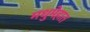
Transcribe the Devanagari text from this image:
मधुमेहात